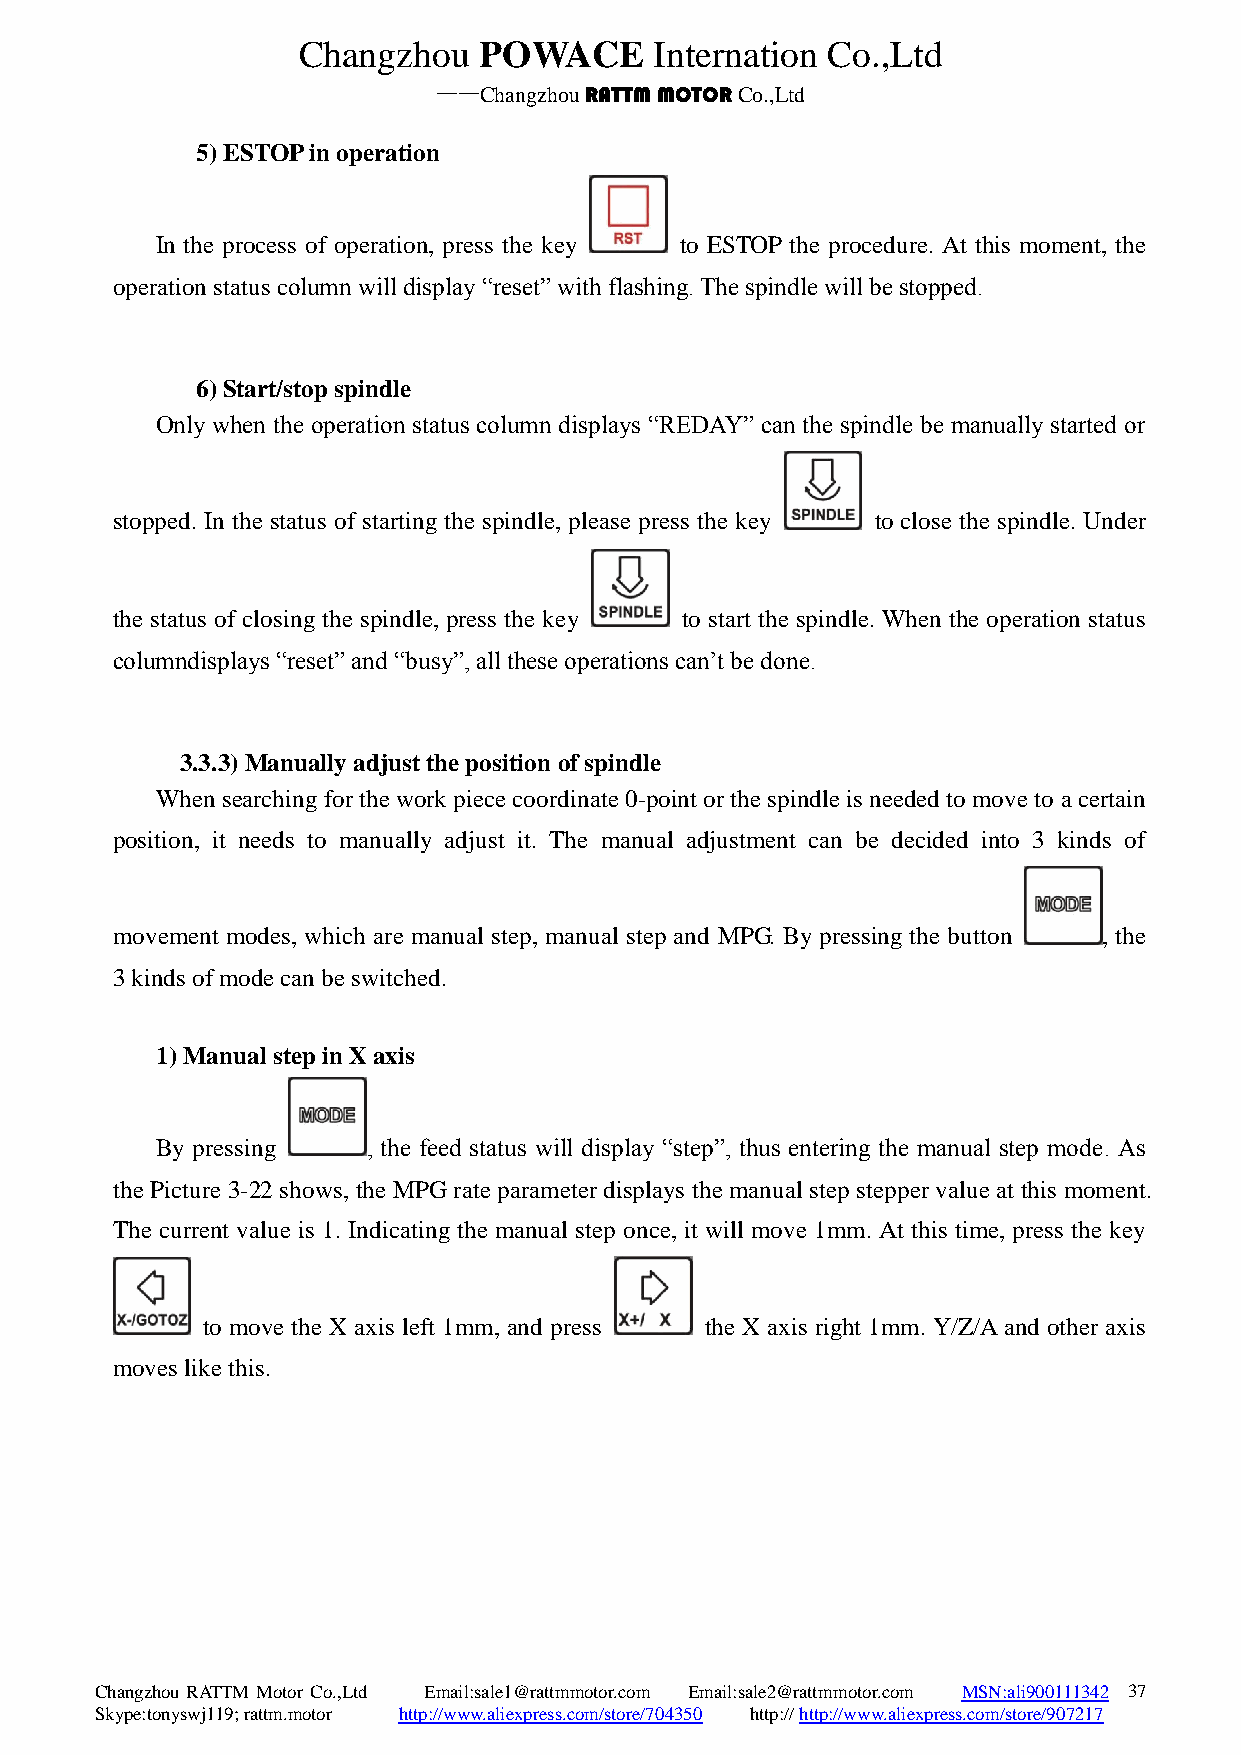
Changzhou   POWACE     Internation Co.,Ltd
 ——Changzhou RATTM MOTOR Co.,Ltd
 5) ESTOP in operation
 In the process of operation, press the key to ESTOP the procedure. At this moment, the
 operation status column will display “reset” with flashing. The spindle will be stopped.
 6) Start/stop spindle
 Only when the operation status column displays “REDAY” can the spindle be manually started or
 stopped. In the status of starting the spindle, please press the key to close the spindle. Under
 the status of closing the spindle, press the key to start the spindle. When the operation status
 columndisplays “reset” and “busy”, all these operations can’t be done.
 3.3.3) Manually adjust the position of spindle
 When searching for the work piece coordinate 0-point or the spindle is needed to move to a certain
 position, it needs to manually adjust it. The manual adjustment can be decided into 3 kinds of
 movement modes, which are manual step, manual step and MPG. By pressing the button , the
 3 kinds of mode can be switched.
 1) Manual step in X axis
 By pressing   , the feed status will display “step”, thus entering the manual step mode. As
 the Picture 3-22 shows, the MPG rate parameter displays the manual step stepper value at this moment.
 The current value is 1. Indicating the manual step once, it will move 1mm. At this time, press the key
 to move the X axis left 1mm, and press the X axis right 1mm. Y/Z/A and other axis
 moves like this.
 Changzhou RATTM Motor Co.,Ltd Email:sale1@rattmmotor.com Email:sale2@rattmmotor.com MSN:ali900111342 3 7
 Skype:tonyswj119; rattm.motor http://www.aliexpress.com/store/704350 http:// http://www.aliexpress.com/store/907217